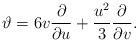
LaTeX: \begin{align*}\vartheta = 6 v \frac{\partial}{\partial u} + \frac{u^2}{3} \frac{\partial}{\partial v} .\end{align*}